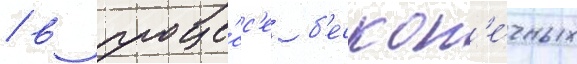
/ в проце́сс'е б'ескон'е́чных